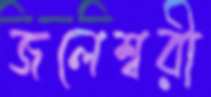
জলেশ্বরী